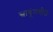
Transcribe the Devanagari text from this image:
स्नायूंमधील